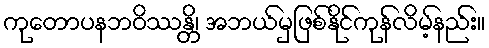
ကုတောပနဘဝိဿန္တိ၊ အဘယ်မှဖြစ်နိုင်ကုန်လိမ့်နည်း။